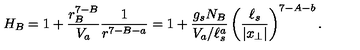
H _ { B } = 1 + { \frac { r _ { B } ^ { 7 - B } } { V _ { a } } } { \frac { 1 } { r ^ { 7 - B - a } } } = 1 + { \frac { g _ { s } N _ { B } } { V _ { a } / \ell _ { s } ^ { a } } } \left( { \frac { \ell _ { s } } { | x _ { \perp } | } } \right) ^ { 7 - A - b } .